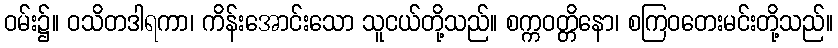
ဝမ်း၌။ ဝသိတဒါရကာ၊ ကိန်းအောင်းသော သူငယ်တို့သည်။ စက္ကဝတ္တိနော၊ စကြဝတေးမင်းတို့သည်။